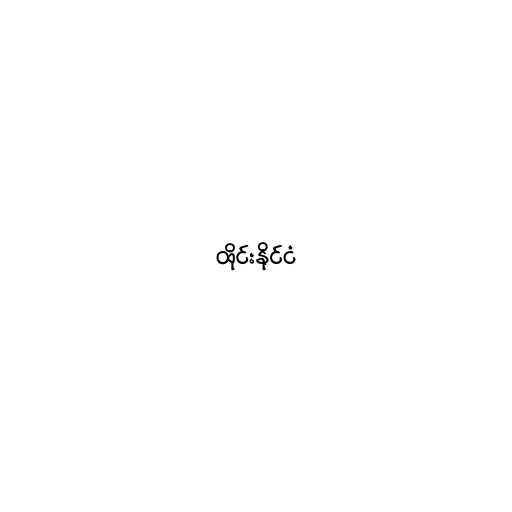
ထိုင်းနိုင်ငံ